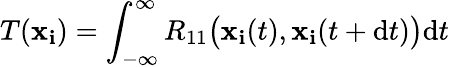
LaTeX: T({\textbf{x}_{\textbf{i}}})=\int_{-\infty}^{\infty}R_{11}\big({\textbf{x}_{\textbf{i}}}(t),{\textbf{x}_{\textbf{i}}}(t+\mathrm{{d}}t)\big)\mathrm{{d}}t